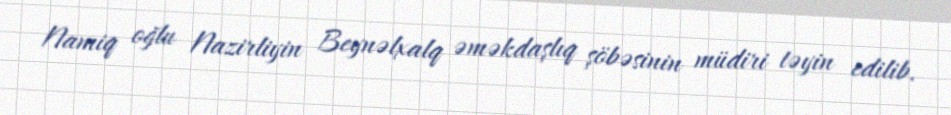
Namiq oğlu Nazirliyin Beynəlxalq əməkdaşlıq şöbəsinin müdiri təyin edilib.